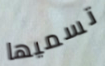
تسميها